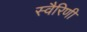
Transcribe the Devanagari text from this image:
स्वैरिणी